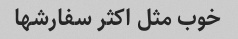
خوب مثل اکثر سفارشها